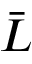
\bar { L }